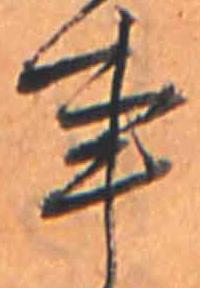
事